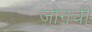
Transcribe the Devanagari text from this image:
जोनची